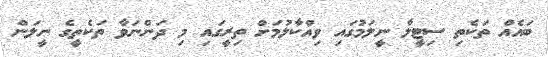
ބައެއް ތަކެތި ސިޓީލާ ނީލަމުގައި ވިއްކާލުމަށް ތިރީގައި މި ދަންނަވާ ތަކެތީގެ ނީލަން